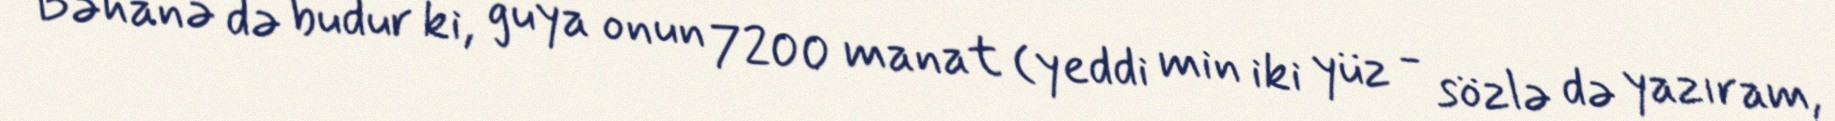
Bəhanə də budur ki, guya onun 7200 manat (yeddi min iki yüz - sözlə də yazıram,